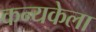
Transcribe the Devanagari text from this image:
कन्यकेला